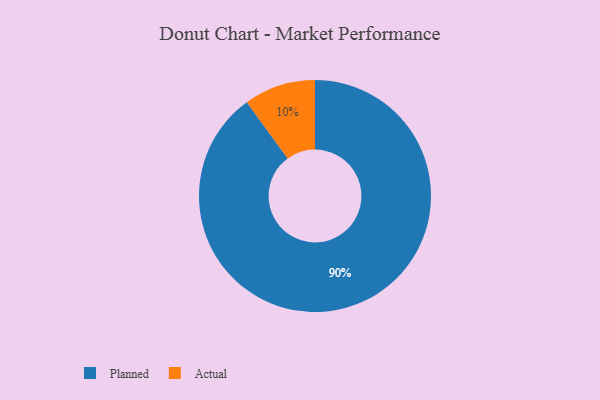
{"axis": {"x": "Category", "y": "Percentage"}, "legend": ["Actual", "Planned"], "data": [{"x": "Actual", "y": 10, "type": "Actual"}, {"x": "Planned", "y": 90, "type": "Planned"}]}